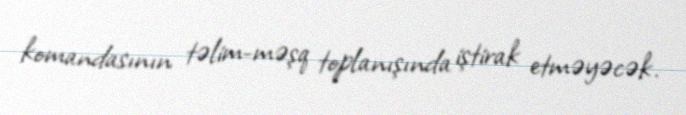
komandasının təlim-məşq toplanışında iştirak etməyəcək.